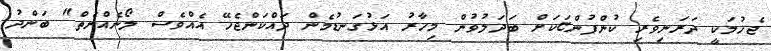
ޖެހުމަކީ ދަރަނިވެރި ކުންފުންޏަކަށް ބަދަލުވުން މިހާރު އަޅުގަނޑުމެން ދައްކަންޖެހޭ އެއްވެސް ލޯނެއްނެތް" ބަންދު